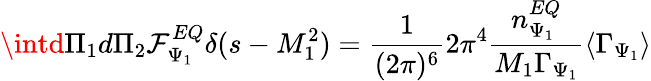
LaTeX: \intd\Pi_{1}d\Pi_{2}\mathcal{F}_{\Psi_{1}}^{EQ}\delta(s-M_{1}^{2})=\frac{{1}}{{(2\pi)^{6}}}2\pi^{4}\frac{{n_{\Psi_{1}}^{EQ}}}{{M_{1}\Gamma_{\Psi_{1}}}}\langle\Gamma_{\Psi_{1}}\rangle